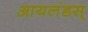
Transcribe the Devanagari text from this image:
आयलंडस्